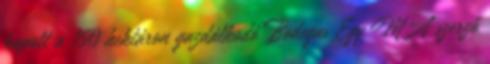
kapott a 150 hektáron gazdálkodó Bodegas Egy MA szerző